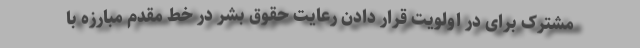
مشترک برای در اولویت قرار دادن رعایت حقوق بشر در خط مقدم مبارزه با